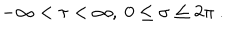
- \infty < \tau < \infty , \ 0 \leq \sigma \leq 2 \pi \ .